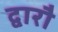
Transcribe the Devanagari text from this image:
द्वारौ